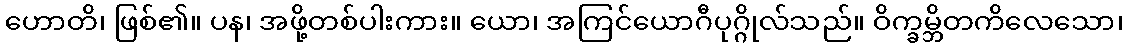
ဟောတိ၊ ဖြစ်၏။ ပန၊ အဖို့တစ်ပါးကား။ ယော၊ အကြင်ယောဂီပုဂ္ဂိုလ်သည်။ ဝိက္ခမ္ဘိတကိလေသော၊